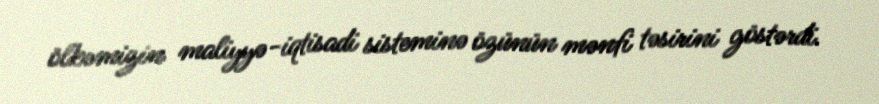
ölkəmizin maliyyə-iqtisadi sisteminə özünün mənfi təsirini göstərdi.